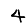
Digit: 4